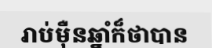
រាប់ម៉ឺនឆ្នាំក៏ថាបាន